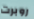
روبرت